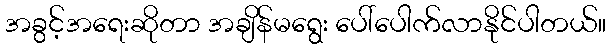
အခွင့်အရေးဆိုတာ အချိန်မရွေး ပေါ်ပေါက်လာနိုင်ပါတယ်။